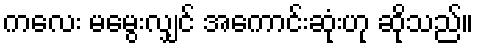
ကလေး မမွေးလျှင် အကောင်းဆုံးဟု ဆိုသည်။